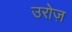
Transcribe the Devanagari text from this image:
उरोज़